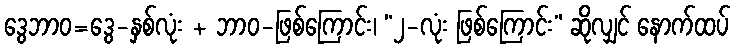
ဒွေဘာဝ=ဒွေ-နှစ်လုံး + ဘာဝ-ဖြစ်ကြောင်း၊ “၂-လုံး ဖြစ်ကြောင်း” ဆိုလျှင် နောက်ထပ်